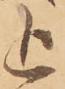
追